Indian Civil Veterinary Department memoirs
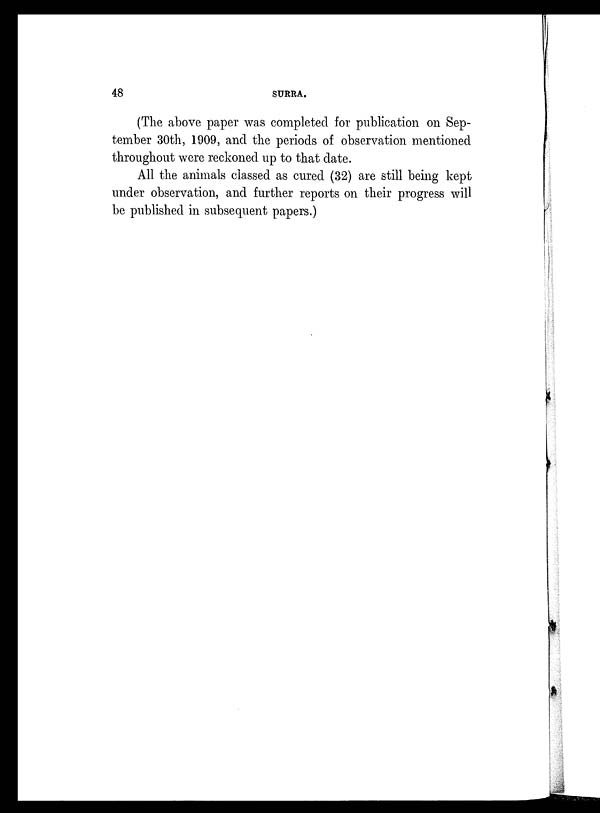
48
SURRA.
(The above paper was completed for publication on Sep-
tember 30th, 1909, and the periods of observation mentioned
throughout were reckoned up to that date.
All the animals classed as cured (32) are still being kept
under observation, and further reports on their progress will
be published in subsequent papers.)